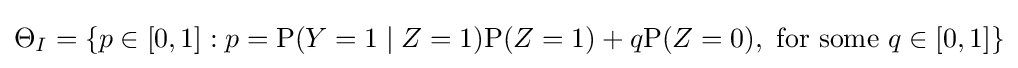
\Theta _{I}=\{p\in [0,1]:p=\mathrm {P} (Y=1\mid Z=1)\mathrm {P} (Z=1)+q\mathrm {P} (Z=0),{\text{ for some }}q\in [0,1]\}